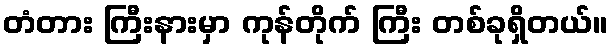
တံတား ကြီးနားမှာ ကုန်တိုက် ကြီး တစ်ခုရှိတယ်။